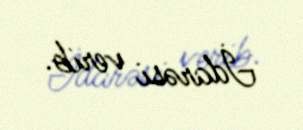
İdarəsi verib.